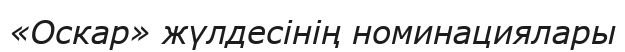
«Оскар» жүлдесінің номинациялары